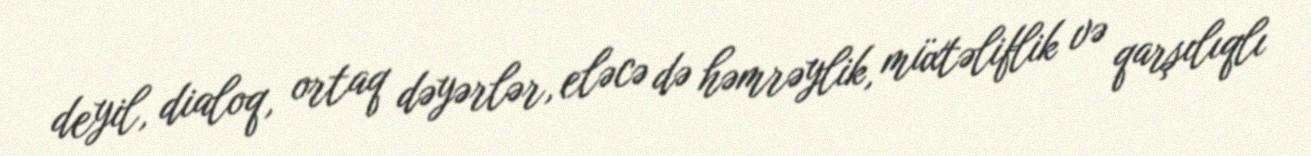
deyil, dialoq, ortaq dəyərlər, eləcə də həmrəylik, müxtəliflik və qarşılıqlı